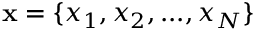
\mathbf { x } = \{ x _ { 1 } , x _ { 2 } , . . . , x _ { N } \}